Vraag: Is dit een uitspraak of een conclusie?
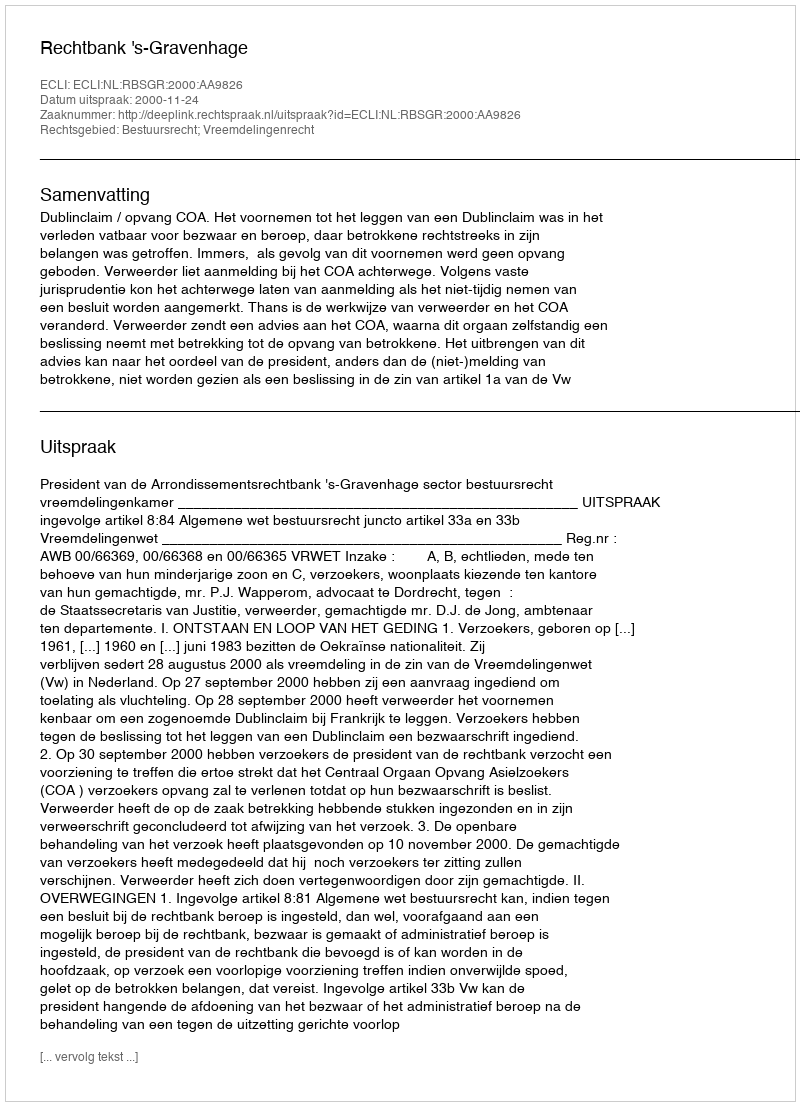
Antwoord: Uitspraak